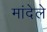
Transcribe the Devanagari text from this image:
मांदेले